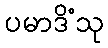
ပမာဒိံသု